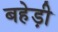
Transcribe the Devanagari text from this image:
बहेड़ी